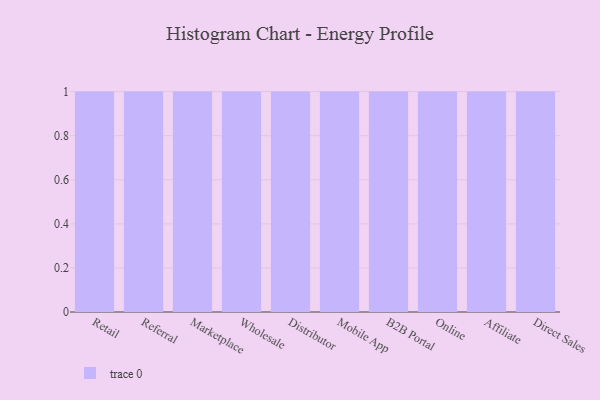
{"axis": {"x": "Channel", "y": "Net Income (USD K)"}, "legend": [""], "data": [{"x": "Retail", "y": 11, "type": ""}, {"x": "Referral", "y": 41, "type": ""}, {"x": "Marketplace", "y": 55, "type": ""}, {"x": "Wholesale", "y": 64, "type": ""}, {"x": "Distributor", "y": 86, "type": ""}, {"x": "Mobile App", "y": 32, "type": ""}, {"x": "B2B Portal", "y": 61, "type": ""}, {"x": "Online", "y": 76, "type": ""}, {"x": "Affiliate", "y": 81, "type": ""}, {"x": "Direct Sales", "y": 39, "type": ""}]}